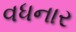
વધનાર